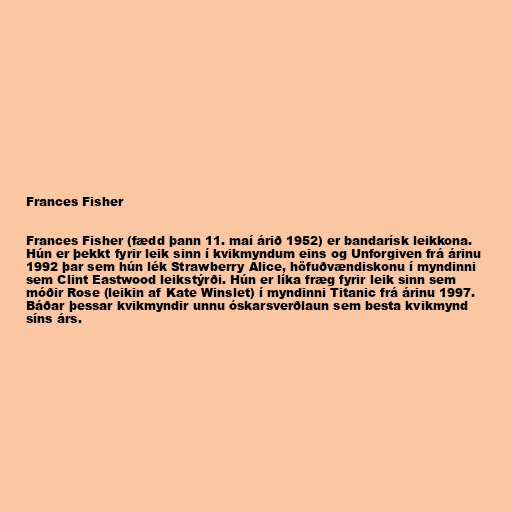
Frances Fisher

Frances Fisher (fædd þann 11. maí árið 1952) er bandarísk leikkona.
Hún er þekkt fyrir leik sinn í kvikmyndum eins og Unforgiven frá árinu
1992 þar sem hún lék Strawberry Alice, höfuðvændiskonu í myndinni
sem Clint Eastwood leikstýrði. Hún er líka fræg fyrir leik sinn sem
móðir Rose (leikin af Kate Winslet) í myndinni Titanic frá árinu 1997.
Báðar þessar kvikmyndir unnu óskarsverðlaun sem besta kvikmynd
síns árs.